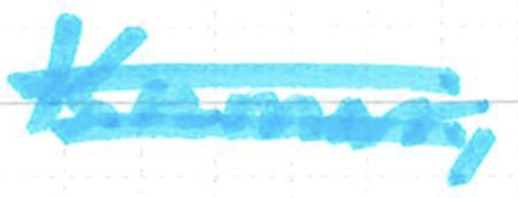
Text: Kumar,
Cross-out: double-line
Writing tool: marker